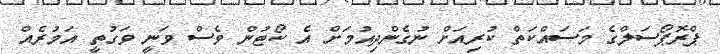
ޕްރޮޕޯސަލްގެ މަސައްކަތް ކުރިއަށް ނުގެންދިއުމަށް އެ ކޯޓުން ވެސް ވަނީ ވަގުތީ އަމުރެއް